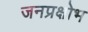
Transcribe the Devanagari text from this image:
जनप्रक्षोभ